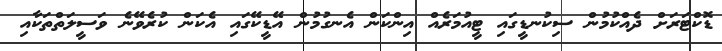
ޑޮކްޓަރަށް ދެއްކުމުން ސިކުނޑީގައި ޓީއުމަރެއް އިންކަން އެނގުމުން އޭޑީކޭގައި އެކަން ކުރެވޭނެ ވަސީލަތްތަކާއި